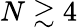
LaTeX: N\gtrsim 4